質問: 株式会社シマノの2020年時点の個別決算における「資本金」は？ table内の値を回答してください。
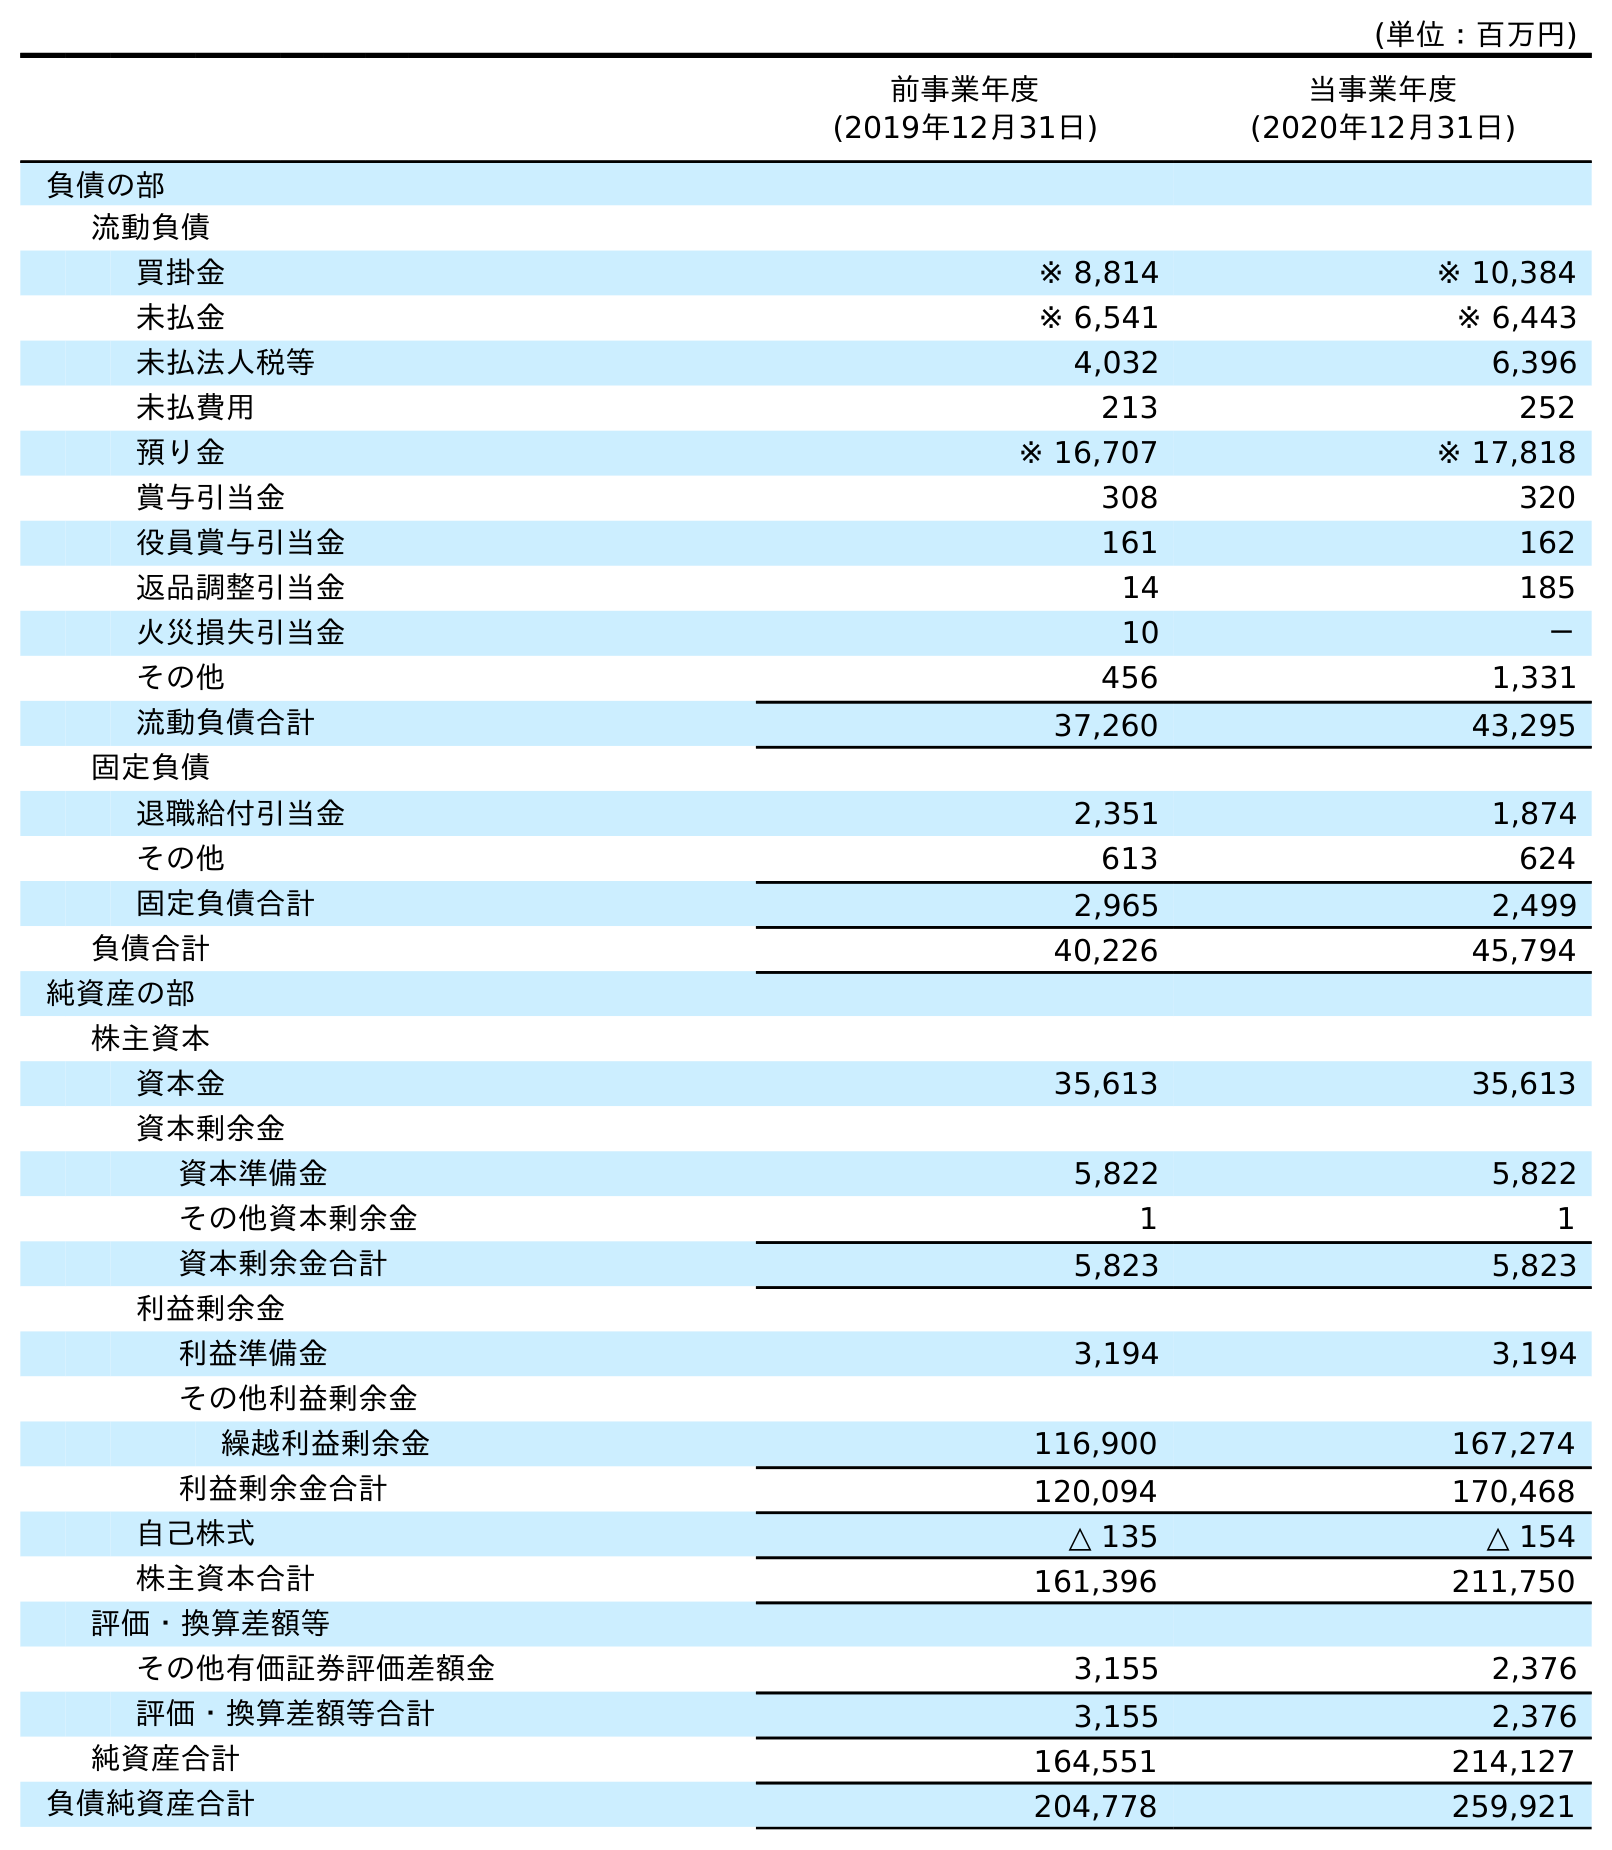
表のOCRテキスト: (単位：百万円) 前事業年度 (2019年12月31日) 当事業年度 (2020年12月31日) 負債の部 流動負債 買掛金 ※ 8,814 ※ 10,384 未払金 ※ 6,541 ※ 6,443 未払法人税等 4,032 6,396 未払費用 213 252 預り金 ※ 16,707 ※ 17,818 賞与引当金 308 320 役員賞与引当金 161 162 返品調整引当金 14 185 火災損失引当金 10 － その他 456 1,331 流動負債合計 37,260 43,295 固定負債 退職給付引当金 2,351 1,874 その他 613 624 固定負債合計 2,965 2,499 負債合計 40,226 45,794 純資産の部 株主資本 資本金 35,613 35,613 資本剰余金 資本準備金 5,822 5,822 その他資本剰余金 1 1 資本剰余金合計 5,823 5,823 利益剰余金 利益準備金 3,194 3,194 その他利益剰余金 繰越利益剰余金 116,900 167,274 利益剰余金合計 120,094 170,468 自己株式 △ 135 △ 154 株主資本合計 161,396 211,750 評価・換算差額等 その他有価証券評価差額金 3,155 2,376 評価・換算差額等合計 3,155 2,376 純資産合計 164,551 214,127 負債純資産合計 204,778 259,921
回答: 35,613